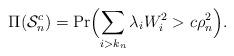
LaTeX: \begin{align*} \Pi(\mathcal{S}_n^c) = \Pr\Bigl(\sum_{i>k_n} \lambda_iW_i^2 > c\rho_n^2\Bigr).\end{align*}